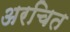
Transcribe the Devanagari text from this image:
अरचित